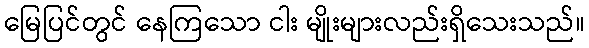
မြေပြင်တွင် နေကြသော ငါး မျိုးများလည်းရှိသေးသည်။